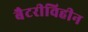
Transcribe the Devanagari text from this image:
बैटरीविहीन